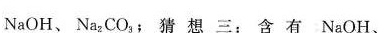
NaOH、Na_{2} CO_{3} (；猜想三：含有NaOH、